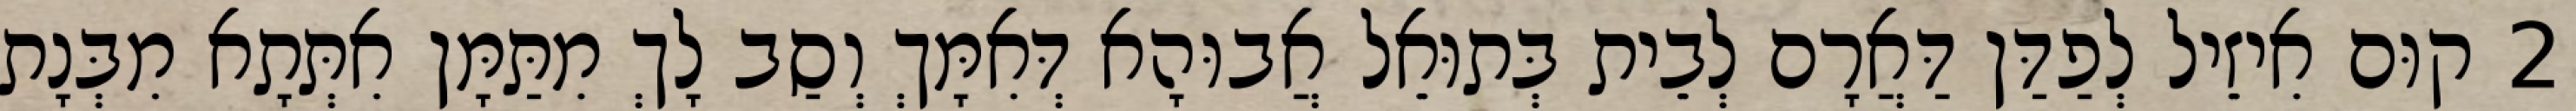
2 קוּם אִיזֵיל לְפַדַּן דַּאֲרָם לְבֵית בְּתוּאֵל אֲבוּהָא דְּאִמָּךְ וְסַב לָךְ מִתַּמָּן אִתְּתָא מִבְּנָת